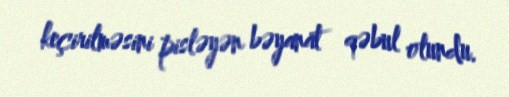
keçirilməsini pisləyən bəyanat qəbul olundu.